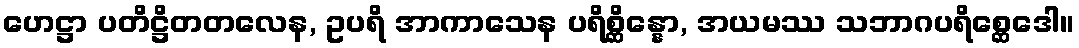
ဟေဋ္ဌာ ပတိဋ္ဌိတတလေန, ဥပရိ အာကာသေန ပရိစ္ဆိန္နော, အယမဿ သဘာဂပရိစ္ဆေဒေါ။